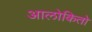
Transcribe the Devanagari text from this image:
आलोकितो